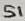
Text: S1